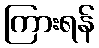
ကြားရန်